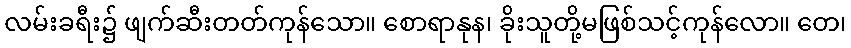
လမ်းခရီး၌ ဖျက်ဆီးတတ်ကုန်သော။ စောရာနုန၊ ခိုးသူတို့မဖြစ်သင့်ကုန်လော။ တေ၊